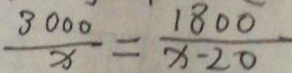
\frac { 3 0 0 0 } { 3 } = \frac { 1 8 0 0 } { x - 2 0 }